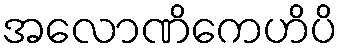
အလောဏိကေဟိပိ